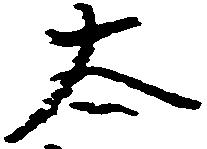
太